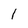
Character: 1